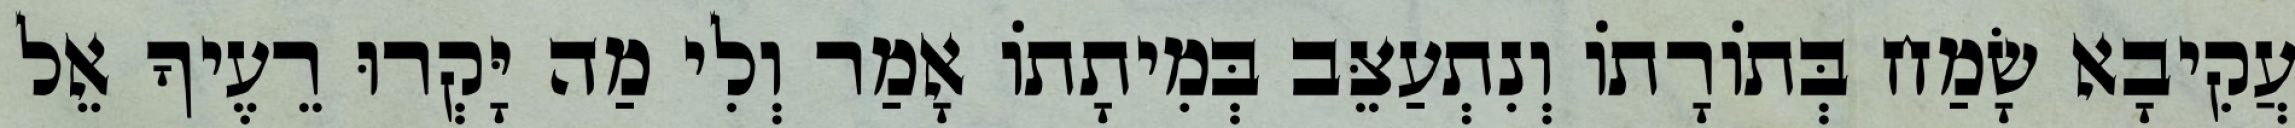
עֲקִיבָא שָׂמַח בְּתוֹרָתוֹ וְנִתְעַצֵּב בְּמִיתָתוֹ אָמַר וְלִי מַה יָּקְרוּ רֵעֶיךָ אֵל